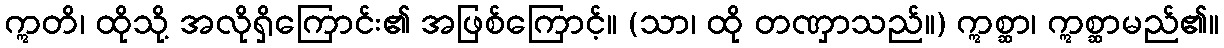
ဣတိ၊ ထိုသို့ အလိုရှိကြောင်း၏ အဖြစ်ကြောင့်။ (သာ၊ ထို တဏှာသည်။) ဣစ္ဆာ၊ ဣစ္ဆာမည်၏။